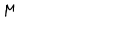
\mu